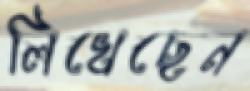
লিখেছেন